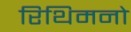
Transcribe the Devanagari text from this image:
रिथिमनो